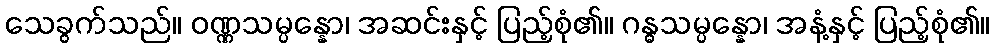
သေခွက်သည်။ ဝဏ္ဏသမ္ပန္နော၊ အဆင်းနှင့် ပြည့်စုံ၏။ ဂန္ဓသမ္ပန္နော၊ အနံ့နှင့် ပြည့်စုံ၏။